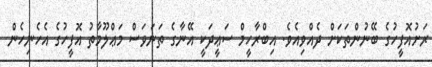
ރަށުއޮފީހުގެ ބޭނުންތަކަށް ދެއްވިއެވެ. އިބްރާހީމް ސަޢީދަކީ އޭނާގެ ތަނަވަސް މަޢްލޫމާތު އޮފީހުގެ އެހެނިހެން